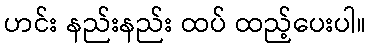
ဟင်း နည်းနည်း ထပ် ထည့်ပေးပါ။